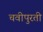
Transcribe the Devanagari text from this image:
चवीपुरती